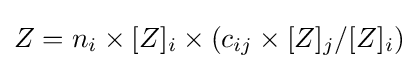
Z=n_{i}\times [Z]_{i}\times (c_{ij}\times [Z]_{j}/[Z]_{i})